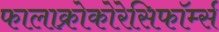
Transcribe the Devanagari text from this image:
फालाक्रोकोरेसिफॉर्म्स